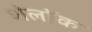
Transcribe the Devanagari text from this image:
शेलॉक